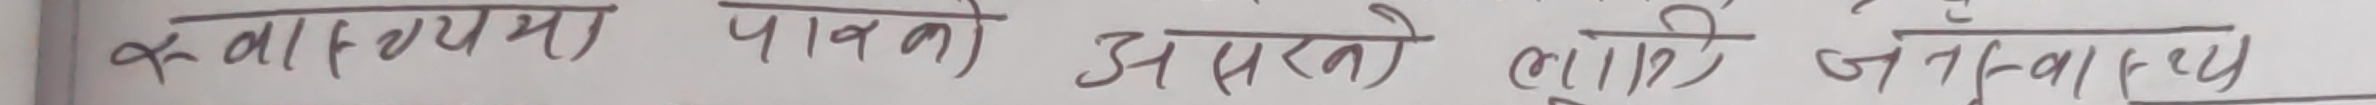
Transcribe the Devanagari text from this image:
रू-क्वा (लियभ) पावनो असरल वालि जल-वयरयु